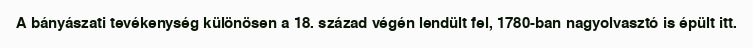
A bányászati tevékenység különösen a 18. század végén lendült fel, 1780-ban nagyolvasztó is épült itt.